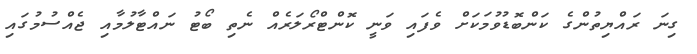
ގިނަ ރައްޔިތުންގެ ކަންބޮޑުވުމަކަށް ވެފައި ވަނީ ކޮންޓްރޯލަރެއް ނެތި ބޯޓު ނައްޓާލުމާއި ޖެއްސުމުގައި